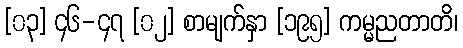
[၀၃] ၄၆-၄၇ [၀၂] စာမျက်နှာ [၁၉၅] ကမ္မညတာတိ၊